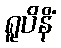
ရူပိနိံ